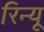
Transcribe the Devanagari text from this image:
रिन्यू